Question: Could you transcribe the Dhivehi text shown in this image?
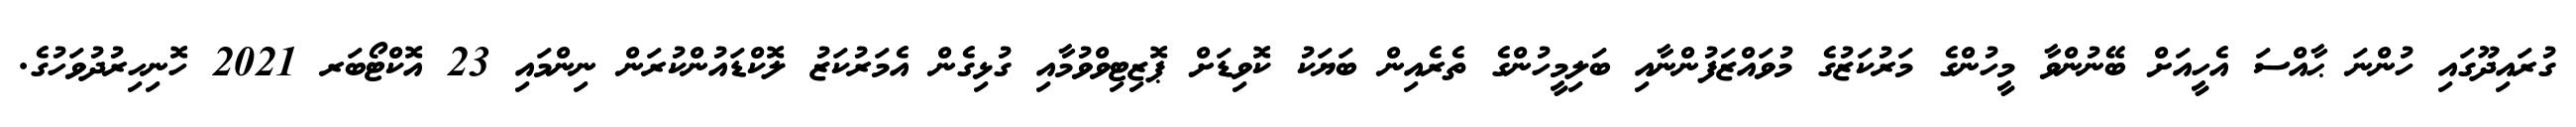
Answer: ގުރައިދޫގައި ހުންނަ ޙާއްސަ އެހީއަށް ބޭނުންވާ މީހުންގެ މަރުކަޒުގެ މުވައްޒަފުންނާއި ބަލިމީހުންގެ ތެރެއިން ބަޔަކު ކޮވިޑަށް ޕޮޒިޓިވްވުމާއި ގުޅިގެން އެމަރުކަޒު ލޮކްޑައުންކުރަން ނިންމައި 23 އޮކްޓޯބަރ 2021 ހޮނިހިރުދުވަހުގެ.